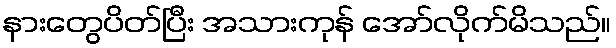
နားတွေပိတ်ပြီး အသားကုန် အော်လိုက်မိသည်။